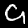
Label: 9